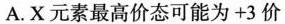
A.X元素最高价态可能为+3价